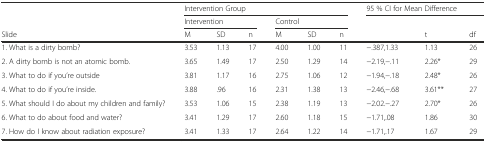
| <ROWSPAN=2>  | <COLSPAN=6> Intervention Group | <COLSPAN=3> 95 % CI for Mean Difference |
 | <COLSPAN=3> Intervention | <COLSPAN=3> Control |  |  |  |
 | Slide | M | SD | n | M | SD | n |  | t | df |
 | --- | --- | --- | --- | --- | --- | --- | --- | --- | --- |
 | 1. What is a dirty bomb? | 3.53 | 1.13 | 17 | 4.00 | 1.00 | 11 | −.387,1.33 | 1.13 | 26 |
 | 2. A dirty bomb is not an atomic bomb. | 3.65 | 1.49 | 17 | 2.50 | 1.29 | 14 | −2.19,−.11 | 2.26* | 29 |
 | 3. What to do if you’re outside | 3.81 | 1.17 | 16 | 2.75 | 1.06 | 12 | −1.94,−.18 | 2.48* | 26 |
 | 4. What to do if you’re inside. | 3.88 | .96 | 16 | 2.31 | 1.38 | 13 | −2.46,−.68 | 3.61** | 27 |
 | 5. What should I do about my children and family? | 3.53 | 1.06 | 15 | 2.38 | 1.19 | 13 | −2.02.−.27 | 2.70* | 26 |
 | 6. What to do about food and water? | 3.41 | 1.29 | 17 | 2.60 | 1.18 | 15 | −1.71,.08 | 1.86 | 30 |
 | 7. How do I know about radiation exposure? | 3.41 | 1.33 | 17 | 2.64 | 1.22 | 14 | −1.71,.17 | 1.67 | 29 |